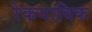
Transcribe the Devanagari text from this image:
रेकयाविक